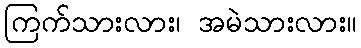
ကြက်သားလား၊ အမဲသားလား။